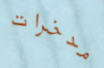
مدخرات